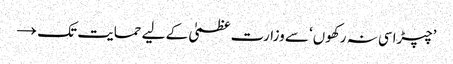
’چپڑاسی نہ رکھوں‘ سے وزارت عظمیٰ کے لیے حمایت تک →